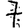
Digit: 7